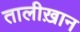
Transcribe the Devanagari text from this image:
तालीख़ान